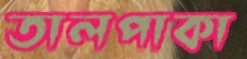
তালপাকা